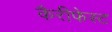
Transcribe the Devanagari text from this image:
कैरीफेस्ट